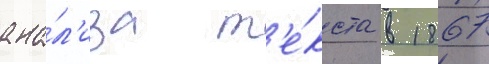
ана́л'иза т'е́кста в 1867